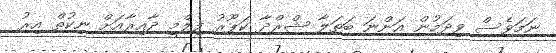
ނަމަވެސް ވިދަމުން އަންނަ ބަތަލާ ޝްރްދާ ކަޕޫރު ފިލްމީ ދާއިރާއަށް ނިކުތް އިރު